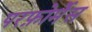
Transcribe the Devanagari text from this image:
परफ़ोर्मेंस